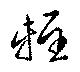
輕